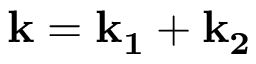
\mathbf { k } = \mathbf { k _ { 1 } } + \mathbf { k _ { 2 } }